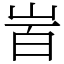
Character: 𡶾